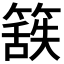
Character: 𮆃